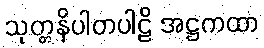
သုတ္တနိပါတပါဠိ အဋ္ဌကထာ